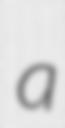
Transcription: a